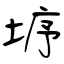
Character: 垿